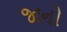
જાનો